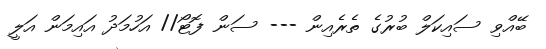
ބޭއްވި ސައިކަލް ބުރުގެ ތެރެއިން --- ސަން ފޮޓޯ// އަހުމަދު އައިމަން އަލީ